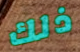
ذلك